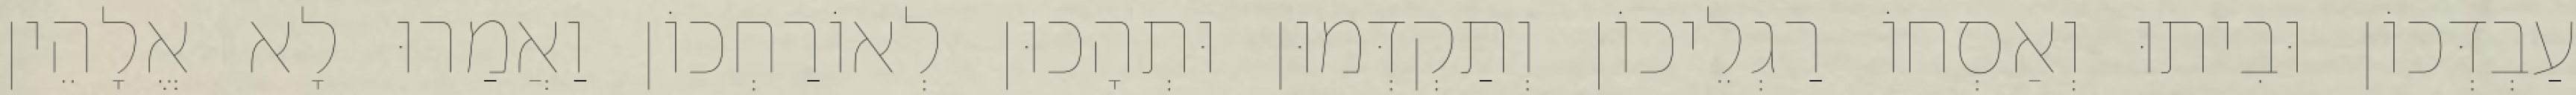
עַבְדְּכוֹן וּבִיתוּ וְאַסְחוֹ רַגְלֵיכוֹן וְתַקְדְּמוּן וּתְהָכוּן לְאוֹרַחְכוֹן וַאֲמַרוּ לָא אֱלָהֵין